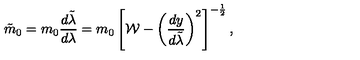
\tilde { m } _ { 0 } = m _ { 0 } { \frac { d \tilde { \lambda } } { d \lambda } } = m _ { 0 } \left[ { \cal W } - \left( { \frac { d y } { d \tilde { \lambda } } } \right) ^ { 2 } \right] ^ { - { \frac { 1 } { 2 } } } ,